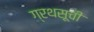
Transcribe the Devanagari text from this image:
ग्रथसूची